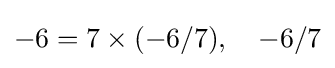
-6=7\times (-6/7),\quad -6/7